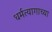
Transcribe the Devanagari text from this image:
धर्मत्यागाच्या